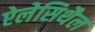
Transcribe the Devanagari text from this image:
ऐलेसिथैल